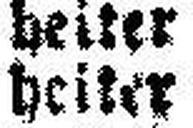
heiter